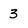
Character: 3